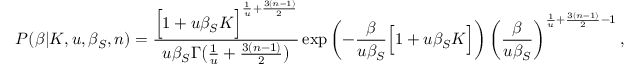
P ( \beta | K , u , \beta _ { S } , n ) = \frac { \Big [ 1 + u \beta _ { S } K \Big ] ^ { \frac { 1 } { u } + \frac { 3 ( n - 1 ) } { 2 } } } { u \beta _ { S } \Gamma \big ( \frac { 1 } { u } + \frac { 3 ( n - 1 ) } { 2 } \big ) } \exp \left( - \frac { \beta } { u \beta _ { S } } \Big [ 1 + u \beta _ { S } K \Big ] \right) \left( \frac { \beta } { u \beta _ { S } } \right) ^ { \frac { 1 } { u } + \frac { 3 ( n - 1 ) } { 2 } - 1 } ,